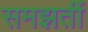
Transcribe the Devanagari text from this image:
समझतीं